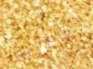
أتقاعد